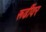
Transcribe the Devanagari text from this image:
रूढींवर